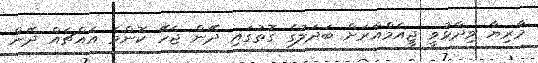
މާރިޔާ ވިދާޅުވީ ޖީއެމްއާރަށް ބަދަލުގެ ގޮތުގައި ދޭން ޖެހޭ ކޮންމެ އެއްޗެއް ދޭން